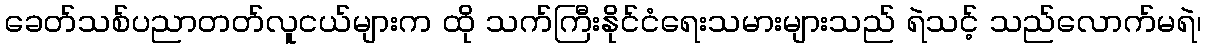
ခေတ်သစ်ပညာတတ်လူငယ်များက ထို သက်ကြီးနိုင်ငံရေးသမားများသည် ရဲသင့် သည်လောက်မရဲ၊